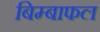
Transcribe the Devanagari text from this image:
बिम्बाफल